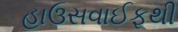
હાઉસવાઈફથી